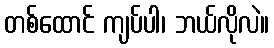
တစ်ထောင် ကျပ်ပါ၊ ဘယ်လိုလဲ။